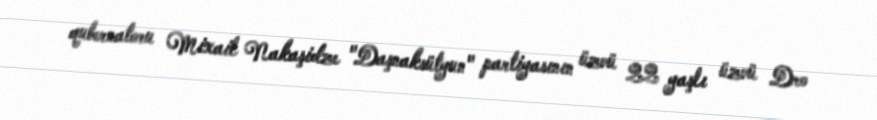
qubernatoru Mixail Nakaşidze "Daşnaksütyun" partiyasının üzvü 22 yaşlı üzvü Dro